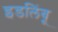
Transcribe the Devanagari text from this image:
इडलिंबू